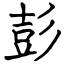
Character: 彭